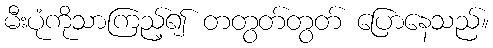
မီးပုံကိုသာကြည့်၍ တတွတ်တွတ် ပြောနေသည်။